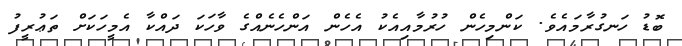
ބޮޑު ހަނގުރާމައެވެ. ކަންމިހެން ހުރުމާއިއެކު އެހެން އަންހެނެއްގެ ވާހަކަ ދައްކާ އެމީހަކަށް ތަޢުރީފު